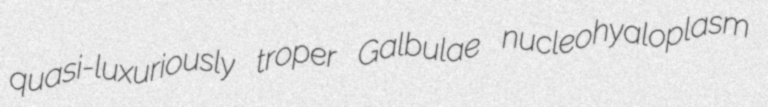
quasi-luxuriously troper Galbulae nucleohyaloplasm